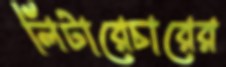
লিটারেচারের